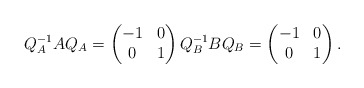
\begin{align*}Q_A^{-1}AQ_A=\begin{pmatrix}-1 & 0 \\0 & 1\end{pmatrix}Q_B^{-1}BQ_B=\begin{pmatrix}-1 & 0 \\0 & 1\end{pmatrix}.\end{align*}